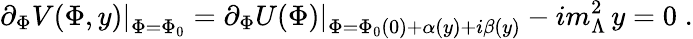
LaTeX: \left.\partial_{\Phi}V(\Phi,y)\right|_{\Phi=\Phi_{0}}=\left.\partial_{\Phi}U(\Phi)\right|_{\Phi=\Phi_{0}(0)+\alpha(y)+i\beta(y)}-im_{\Lambda}^{2}\, y=0\; .